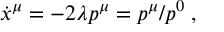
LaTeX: \dot { x } ^ { \mu } = - 2 \lambda p ^ { \mu } = p ^ { \mu } / p ^ { 0 } \; ,